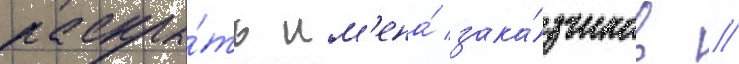
раскры́ть им'ена́ зака́зчиков //